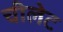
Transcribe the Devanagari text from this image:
चीलेट